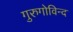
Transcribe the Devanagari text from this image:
गुरुगोविन्द